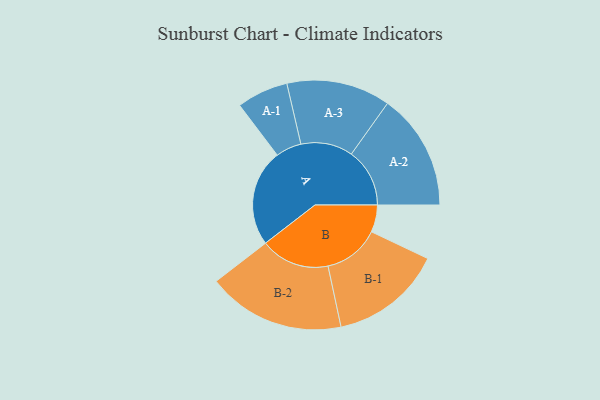
{"axis": {"x": "Segment", "y": "Value"}, "legend": ["", "A", "B"], "data": [{"x": "A", "y": 410, "type": ""}, {"x": "B", "y": 115, "type": ""}, {"x": "A-1", "y": 109, "type": "A"}, {"x": "A-2", "y": 247, "type": "A"}, {"x": "A-3", "y": 220, "type": "A"}, {"x": "B-1", "y": 238, "type": "B"}, {"x": "B-2", "y": 292, "type": "B"}]}